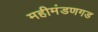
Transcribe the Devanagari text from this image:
महीमंडणगड